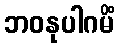
ဘဝနုပါဂမိံ